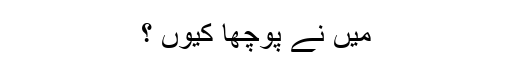
میں نے پوچھا کیوں ؟